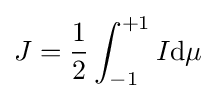
J={\frac {1}{2}}\int _{-1}^{+1}I\mathrm {d} \mu